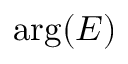
\mathrm { a r g } ( E )